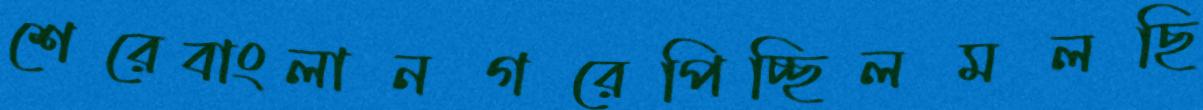
শেরেবাংলানগরেপিচ্ছিলমলছি